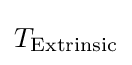
T_{\text{Extrinsic}}